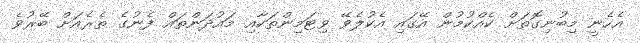
އެހެނީ މިބުނިގޮތަށް ކެއްކުމުން އޭގައި އެކުލެވޭ ވިޓަމިންތަކާއި މައުދަންތައް ފެނުގެ ތެރެއަށް ބޭރުވެ